Vaccination report Assam 1896-1927 - 1896-1927
Year: 1896
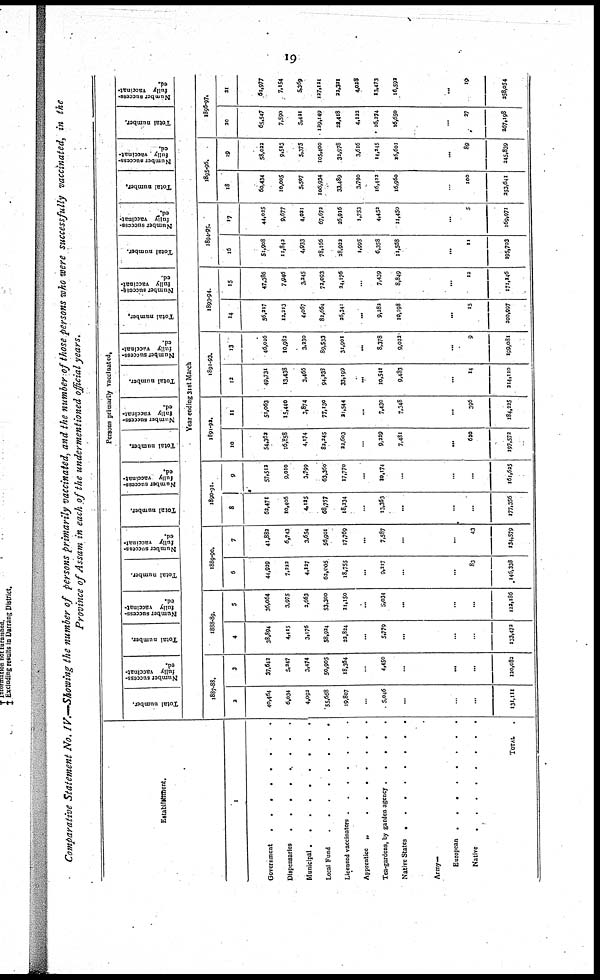
19
Comparative Statement No. IV.—Showing the number of persons primarily vaccinated, and the number of those persons who were successfully vaccinated, in the
Province of Assam in each of the undermentioned official years.
Establishment.
1
Government ..............
Dispensaries
.........
Municipal
.........
Local Fund .......
Licensed vaccinators
.......
Apprentice
„
Tea-gardens, by garden agency ........
Native States
Army—
European
........
Native ...........
TOTAL .
Persons primarily vaccinated.
Total number.
Number success¬
fully vaccinat-
ed.
Total number.
Number success-
fully vaccinat-
ed.
Total number.
Number success-
fully vaccinat-
ed.
Total number.
Number success-
fully vaccinat-
ed.
Total number.
Number success-
fully vaccinat-
ed.
Total number.
Number success-
fully vaccinat-
ed.
Total number.
Number success-
fully vaccinat-
ed.
Total number.
Number success-
fully vaccinat-
ed.
Total number.
Number success-
fully vaccinat-
ed.
Total number.
Number success-
fully vaccinat-
ed.
Year ending 31st March
1887-88.
2
40,464
6,034
4,092
55,668
19,807
...
5,046
...
...
...
131,111
3
37,642
5,247
3,474
50,905
18,364
...
4,450
...
...
...
120,082
1888-89.
4
38,894
4,415
3,176
58,924
22,824
...
5,779
...
...
...
133,472
5
36,064
3,975
2,663
53,300
21,150
...
5,034
...
...
...
122,186
1889-90.
6
44,929
7,222
4,127
62,005
18,755
...
9,217
...
...
83
146,338
7
41,882
6,743
3,654
56,901
17,769
...
7,587
...
...
43
134,579
1890-91.
8
62,471
10,406
4,125
68,757
18,234
...
13,363
...
...
...
177,356
9
57,512
9,010
3,799
63,360
17,770
...
10,174
...
...
...
161,625
1891-92.
10
54,362
16,858
4,174
82,345
22,603
...
9,229
7,481
...
620
197,572
11
51,063
15,440
3,874
77,130
21,544
...
7,430
7,348
...
396
184,225
1892-93.
12
49,731
13,438
3,466
94,338
33,199
...
10,541
9,483
...
14
214,110
13
46,026
10,982
3,230
89,533
31,901
...
8,378
9,022
...
9
199,081
1893-94.
14
56,217
12,213
4,067
82,664
26,341
...
9,282
10,198
...
15
300,997
15
47,386
7,946
3,245
72,093
24,176
...
7,439
8,849
...
12
171,146
1894-95.
16
51,908
11,842
4,933
78,166
28,922
1,995
6,358
11,568
...
11
195,703
17
44,025
9,677
4,021
67,672
26,916
1,753
4,452
11,450
...
5
169,971
1895-96.
18
60,434
10,005
5,507
106,934
33,489
3,790
16,422
16,960
...
100
253,641
19
58,022
9,513
5,375
105,400
32,978
3,616
14,245
16,601
...
89
245,839
1896-97.
30
65,547
7,590
5,421
129,149
22,418
4,122
16,274
16,650
...
27
267,198
21
61,977
7,154
5,369
127,121
22,321
4,028
13,473
16,592
...
19
258,054